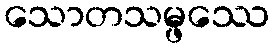
သောတသမ္ဖဿေ